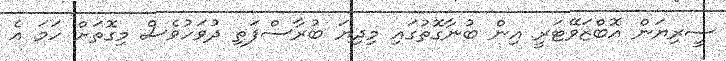
ސީރިޔަން އޮބްޒަވޭޓަރީ އިން ބުނާގޮތުގައި މިދިޔަ ބުރާސްފަތި ދުވަހުވެސް މިގޮތަށް ހަމަ އެ